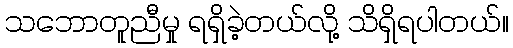
သဘောတူညီမှု ရရှိခဲ့တယ်လို့ သိရှိရပါတယ်။